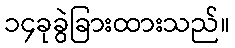
၁၄ခုခွဲခြားထားသည်။